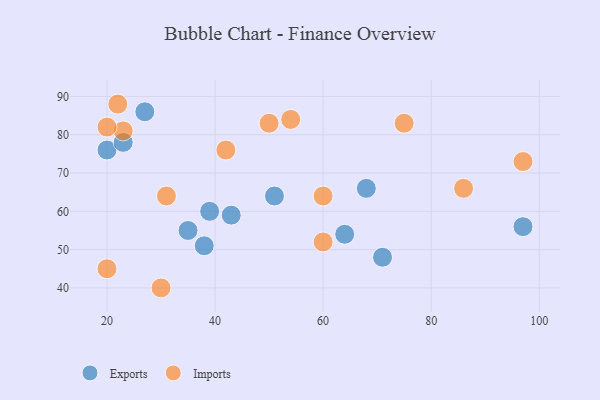
{"axis": {"x": "GDP", "y": "Life Expectancy"}, "legend": ["Exports", "Imports"], "data": [{"x": "35", "y": 55, "type": "Exports"}, {"x": "27", "y": 86, "type": "Exports"}, {"x": "39", "y": 60, "type": "Exports"}, {"x": "64", "y": 54, "type": "Exports"}, {"x": "20", "y": 76, "type": "Exports"}, {"x": "51", "y": 64, "type": "Exports"}, {"x": "97", "y": 56, "type": "Exports"}, {"x": "38", "y": 51, "type": "Exports"}, {"x": "68", "y": 66, "type": "Exports"}, {"x": "43", "y": 59, "type": "Exports"}, {"x": "71", "y": 48, "type": "Exports"}, {"x": "23", "y": 78, "type": "Exports"}, {"x": "30", "y": 40, "type": "Imports"}, {"x": "31", "y": 64, "type": "Imports"}, {"x": "23", "y": 81, "type": "Imports"}, {"x": "86", "y": 66, "type": "Imports"}, {"x": "75", "y": 83, "type": "Imports"}, {"x": "42", "y": 76, "type": "Imports"}, {"x": "20", "y": 82, "type": "Imports"}, {"x": "54", "y": 84, "type": "Imports"}, {"x": "50", "y": 83, "type": "Imports"}, {"x": "22", "y": 88, "type": "Imports"}, {"x": "60", "y": 52, "type": "Imports"}, {"x": "97", "y": 73, "type": "Imports"}, {"x": "20", "y": 45, "type": "Imports"}, {"x": "60", "y": 64, "type": "Imports"}]}